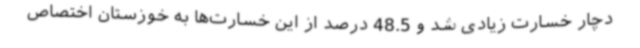
دچار خسارت زیادی شد و 48.5 درصد از این خسارت‌ها به خوزستان اختصاص